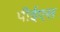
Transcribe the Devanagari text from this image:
पीईएस